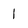
Character: l